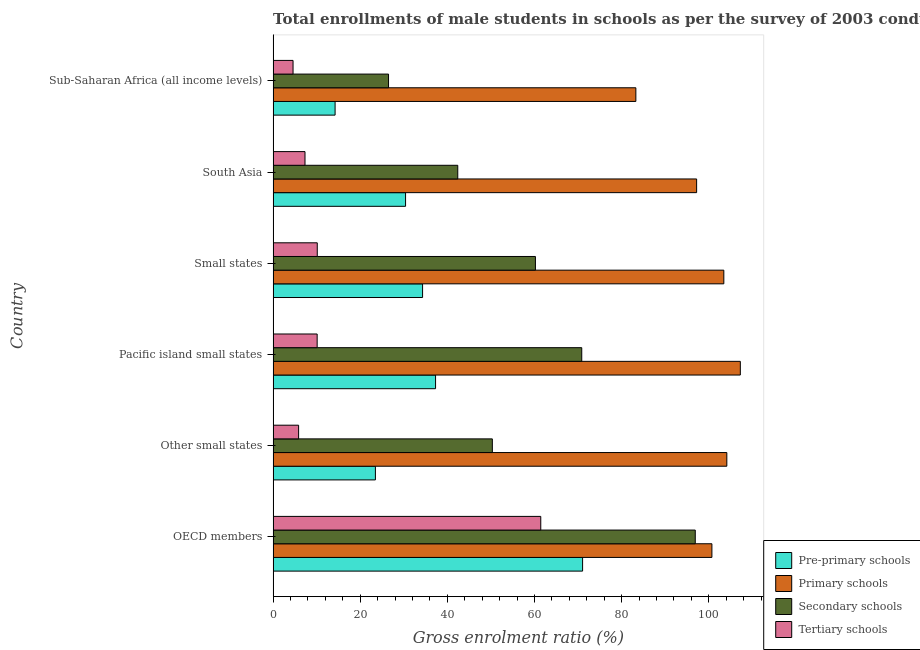
| Country | Pre-primary schools | Primary schools | Secondary schools | Tertiary schools |
 | --- | --- | --- | --- | --- |
 | OECD members | 71 | 101 | 96.9 | 61.4 |
 | Other small states | 23.5 | 104 | 50.3 | 5.85 |
 | Pacific island small states | 37.3 | 107 | 70.8 | 10.1 |
 | Small states | 34.3 | 103 | 60.2 | 10.1 |
 | South Asia | 30.4 | 97.2 | 42.4 | 7.32 |
 | Sub-Saharan Africa (all income levels) | 14.2 | 83.3 | 26.5 | 4.57 |